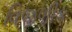
વિજળીક